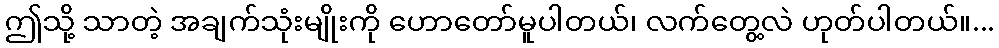
ဤသို့ သာတဲ့ အချက်သုံးမျိုးကို ဟောတော်မူပါတယ်၊ လက်တွေ့လဲ ဟုတ်ပါတယ်။...